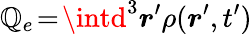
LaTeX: \mathbb{Q}_{e}\! =\! \intd^{3}\boldsymbol{r}^{\prime}\rho(\boldsymbol{r}^{\prime},t^{\prime})